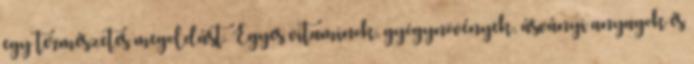
egy természetes megoldást. Egyes vitaminok, gyógynövények, ásványi anyagok és